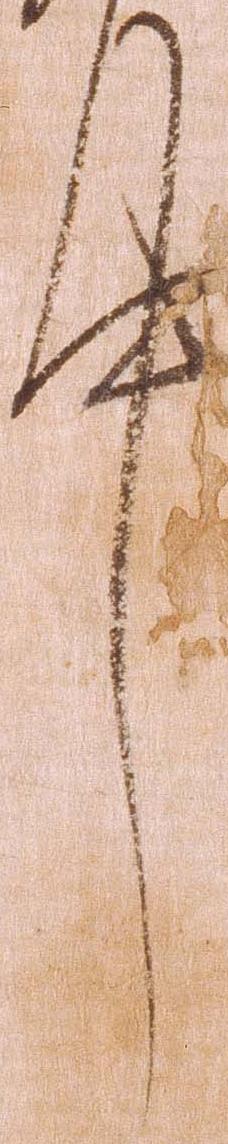
件